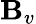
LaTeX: \mathbf{B}_{v}